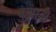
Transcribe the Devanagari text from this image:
बुझाई।